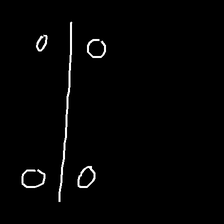
Glyph: cool